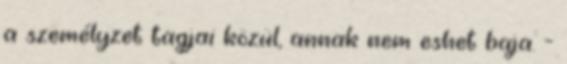
a személyzet tagjai közül, annak nem eshet baja. -